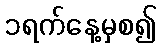
၁ရက်နေ့မှစ၍